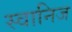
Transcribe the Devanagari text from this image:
स्वानिज